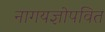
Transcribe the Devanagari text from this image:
नागयज्ञोपवित